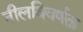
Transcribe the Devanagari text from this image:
नीलविवर्णता